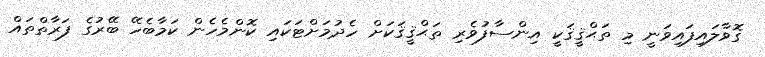
ގޮވާލައިފައިވަނީ މި ތަޙްޤީޤަކީ އިންސާފުވެރި ތަޙްޤީޤަކަށް ހެދުމަށްޓަކައި ކޮންމެހެން ކަމާބެހޭ ބޭރުގެ ފަރާތްތައް